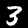
Label: 3